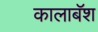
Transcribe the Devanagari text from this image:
कालाबॅश